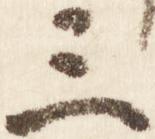
三